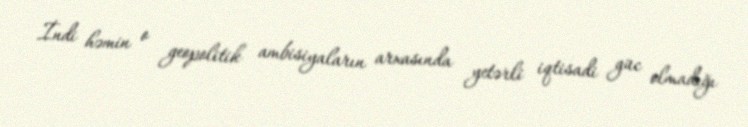
İndi həmin o geopolitik ambisiyaların arxasında yetərli iqtisadi güc olmadığı